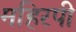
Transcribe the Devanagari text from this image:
महिरपी